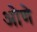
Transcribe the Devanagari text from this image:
ओणे